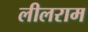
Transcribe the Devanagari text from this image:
लीलराम